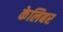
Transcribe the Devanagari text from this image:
केलिबर